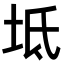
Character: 坻